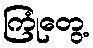
ကြုံတွေ့